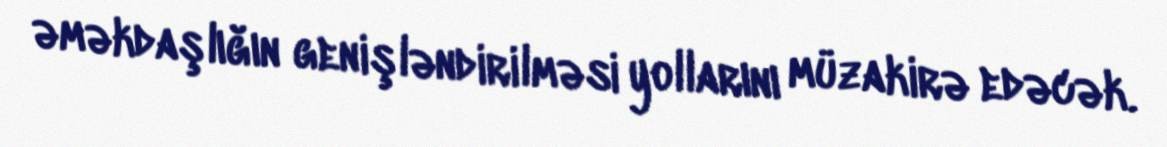
əməkdaşlığın genişləndirilməsi yollarını müzakirə edəcək.